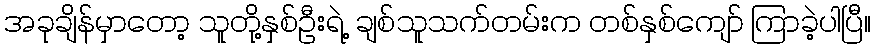
အခုချိန်မှာတော့ သူတို့နှစ်ဦးရဲ့ ချစ်သူသက်တမ်းက တစ်နှစ်ကျော် ကြာခဲ့ပါပြီ။